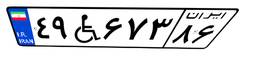
۴۹W۶۷۳۸۶